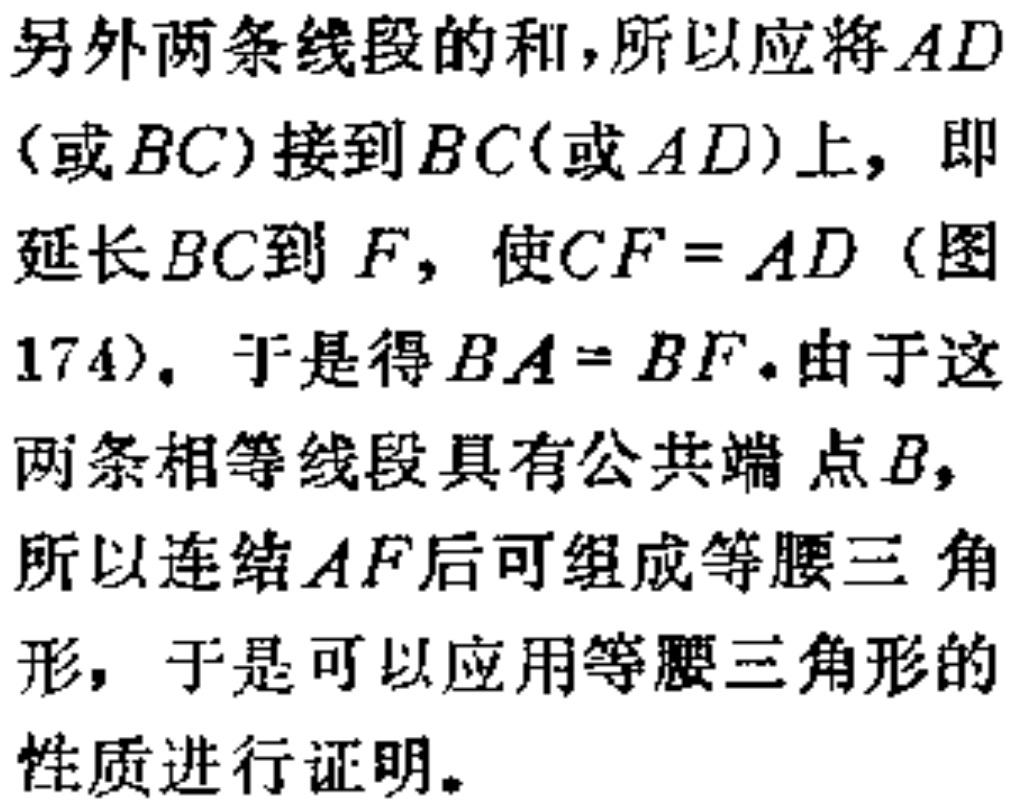
另外两条线段的和,所以应将$AD$

(或$BC$)接到$BC$(或$AD$)上, 即

延长$BC$到$F$, 使$CF = AD$(图

174). 于是得$BA = BF$.由于这

两条相等线段具有公共端点$B$,

所以连结$AF$后可组成等腰三角

形, 于是可以应用等腰三角形的

性质进行证明。